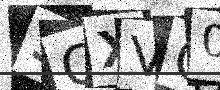
Text: 3CXVQ0